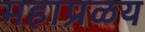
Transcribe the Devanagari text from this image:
महाप्रळय